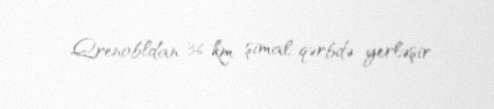
Qrenobldan 36 km şimal-qərbdə yerləşir.